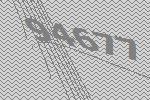
94677